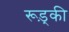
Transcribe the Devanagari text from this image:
रूड़्की